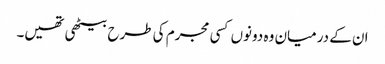
ان کے درمیان وہ دونوں کسی مجرم کی طرح بیٹھی تھیں۔